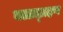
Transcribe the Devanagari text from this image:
बलाद्ग्रहण